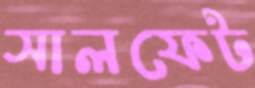
সালফেট